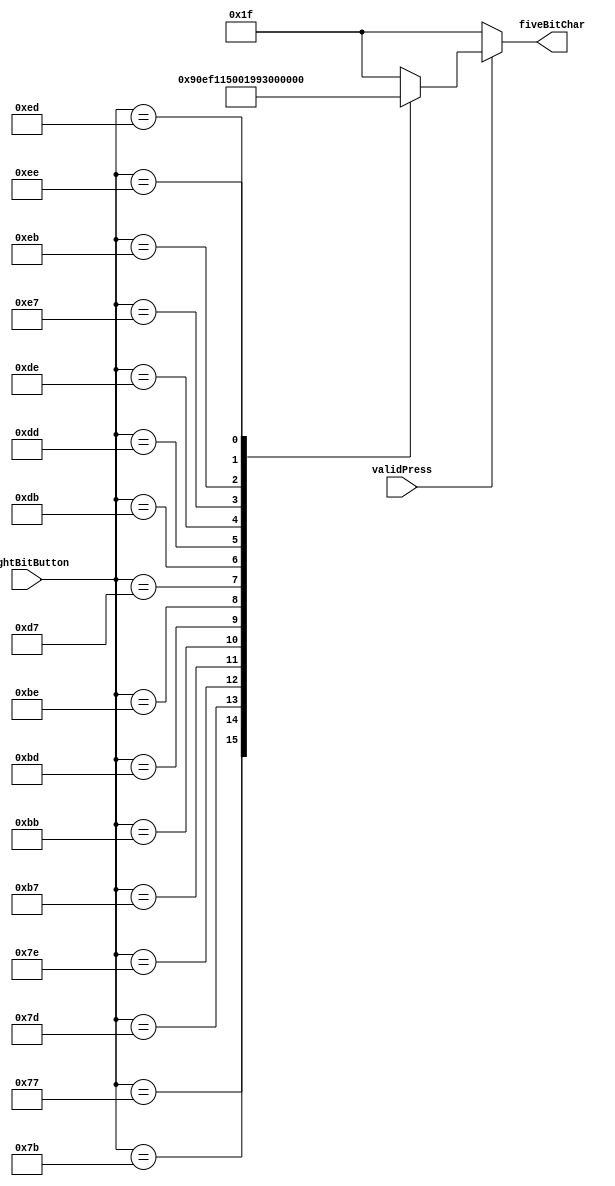
//Converts an 8-bit signal from keypad to a 4-bit signal to represent a button
module Button_8To4_Converter(eightBitButton, fiveBitChar, validPress);
	input [7:0]eightBitButton; //8 bit button sequence to convert
	input validPress;
	output reg [4:0]fiveBitChar; //5 bit converted output that represents a button
	
	always@ (validPress)
	begin
		if (validPress)
		case (eightBitButton)
		//Column 0
			8'b01110111 : fiveBitChar = 5'b00001; 	//Button 1
			8'b01111011 : fiveBitChar = 5'b00100;	//Button 4
			8'b01111101 : fiveBitChar = 5'b00111;	//Button 7
			8'b01111110 : fiveBitChar = 5'b01111;	//Button A (clear)
		//Column 1
			8'b10110111 : fiveBitChar = 5'b00010; 	//Button 2
			8'b10111011 : fiveBitChar = 5'b00101;	//Button 5
			8'b10111101 : fiveBitChar = 5'b01000;	//Button 8
			8'b10111110 : fiveBitChar = 5'b00000;	//Button 0 
		//Column 2
			8'b11010111 : fiveBitChar = 5'b00011; 	//Button 3
			8'b11011011 : fiveBitChar = 5'b00110;	//Button 6
			8'b11011101 : fiveBitChar = 5'b01001;	//Button 9
			8'b11011110 : fiveBitChar = 5'b01110;	//Button =
		//Column 3
			8'b11100111 : fiveBitChar = 5'b01010; 	//Button +
			8'b11101011 : fiveBitChar = 5'b01011;	//Button -
			8'b11101101 : fiveBitChar = 5'b01100;	//Button *
			8'b11101110 : fiveBitChar = 5'b01101;	//Button /
			
			default : fiveBitChar = 5'b11111;	//no button press
		endcase
		else
		fiveBitChar = 5'b11111; //no button press
	end
		
endmodule